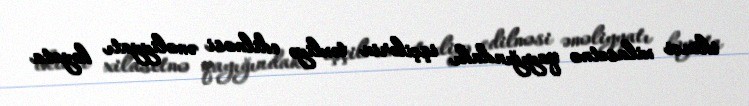
ikinci xilasetmə qayığındakı işçilərin təxliyə edilməsi əməliyyatı həyata